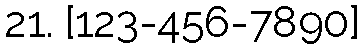
21. [123-456-7890]